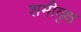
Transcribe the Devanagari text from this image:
शमीवृक्ष